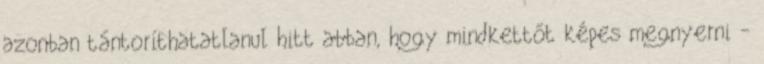
azonban tántoríthatatlanul hitt abban, hogy mindkettőt képes megnyerni -